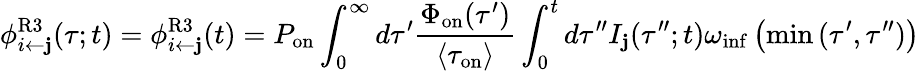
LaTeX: \phi_{i\leftarrow\mathbf{j}}^{\mathrm{{R3}}}(\tau;t)=\phi_{i\leftarrow\mathbf{j}}^{\mathrm{{R3}}}(t)=P_{\mathrm{{on}}}\int_{0}^{\infty}d\tau^{\prime}\frac{{\Phi_{\mathrm{{on}}}(\tau^{\prime})}}{{\langle\tau_{\mathrm{{on}}}\rangle}}\int_{0}^{t}d\tau^{\prime\prime}I_{\mathbf{j}}(\tau^{\prime\prime};t)\omega_{\mathrm{{inf}}}\left(\operatorname*{min}{(\tau^{\prime},\tau^{\prime\prime})}\right)